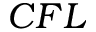
C F L